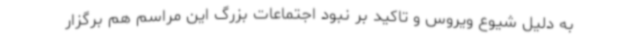
به دلیل شیوع ویروس و تاکید بر نبود اجتماعات بزرگ این مراسم هم برگزار